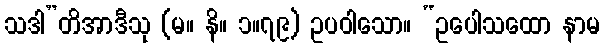
သဒါ”တိအာဒီသု (မ။ နိ။ ၁။၇၉) ဥပဝါသော။ “ဥပေါသထော နာမ